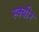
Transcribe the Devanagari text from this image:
स्क्यीर